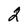
Character: 2